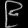
Digit: ၉